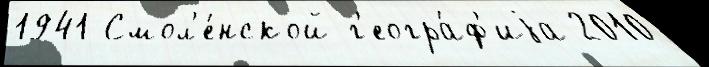
1941 Смол'е́нской г'еогра́ф'иjа 2010